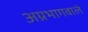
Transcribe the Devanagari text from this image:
अग्रभागवाले